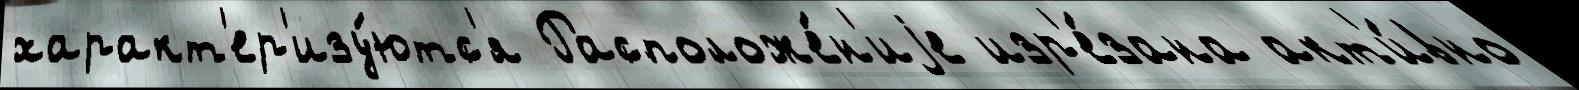
характ'ер'изу́ютс'я Расположе́н'иjе изр'е́зана акт'и́вно